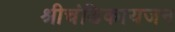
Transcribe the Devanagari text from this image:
श्रीचंडिकायजन